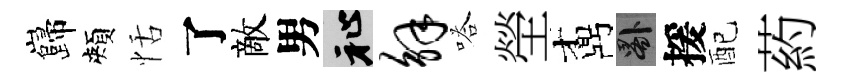
巋頰恬了敵男祉解嗒塋鼒晷援配葯